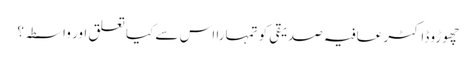
چھوڑو ڈاکٹر عافیہ صدیقی کو تمہارا اس سے کیا تعلق اور واسطہ؟